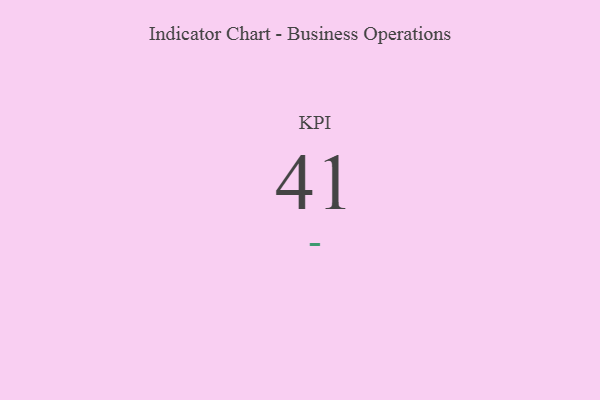
{"axis": {"x": "KPI", "y": "Value"}, "legend": [""], "data": [{"x": "KPI", "y": 41, "type": ""}]}